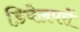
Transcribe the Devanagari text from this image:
डिवेलपरों